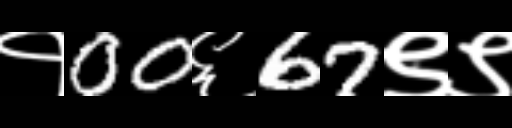
Text: १00६67९९